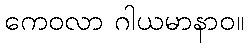
ကေဝလာ ဂါယမာနာဝ။